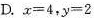
D. $$x = 4$$, $$y = 2$$